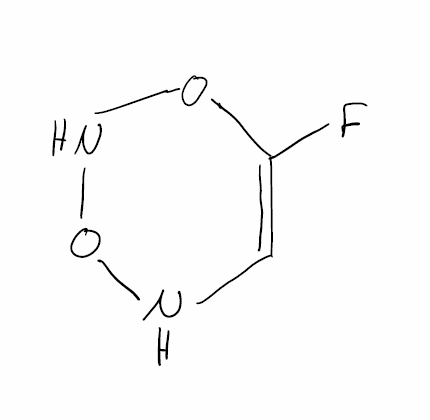
Simplified molecular-input line-entry system (SMILES) notation of the given molecule:
C1=C(ONON1)F